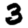
Digit: 3